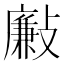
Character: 𣀃